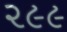
૨૯૯